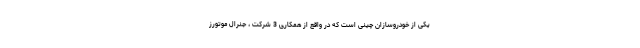
یکی از خودروسازان چینی است که در واقع از همکاری 3 شرکت ، جنرال موتورز